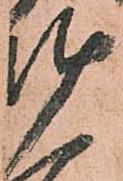
陣